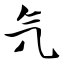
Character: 氕